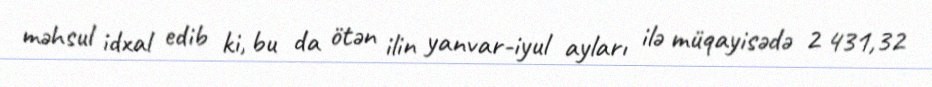
məhsul idxal edib ki, bu da ötən ilin yanvar-iyul ayları ilə müqayisədə 2 431,32